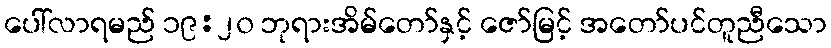
ပေါ်လာရမည် ၁၉:၂၀ ဘုရားအိမ်တော်နှင့် ဇော်မြင့် အတော်ပင်တူညီသော